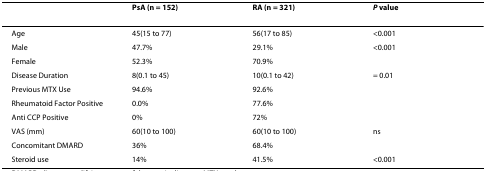
|  | PsA (n = 152) | RA (n = 321) | P value |
 | --- | --- | --- | --- |
 | Age | 45(15 to 77) | 56(17 to 85) | <0.001 |
 | Male | 47.7% | 29.1% | <0.001 |
 | Female | 52.3% | 70.9% |  |
 | Disease Duration | 8(0.1 to 45) | 10(0.1 to 42) | = 0.01 |
 | Previous MTX Use | 94.6% | 92.6% |  |
 | Rheumatoid Factor Positive | 0.0% | 77.6% |  |
 | Anti CCP Positive | 0% | 72% |  |
 | VAS (mm) | 60(10 to 100) | 60(10 to 100) | ns |
 | Concomitant DMARD | 36% | 68.4% |  |
 | Steroid use | 14% | 41.5% | <0.001 |